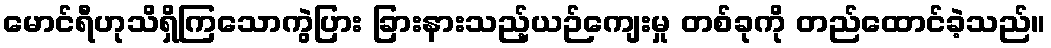
မောင်ရီဟုသိရှိကြသောကွဲပြား ခြားနားသည့်ယဉ်ကျေးမှု တစ်ခုကို တည်ထောင်ခဲ့သည်။